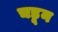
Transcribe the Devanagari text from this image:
चडून